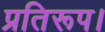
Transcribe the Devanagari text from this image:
प्रतिरूप।